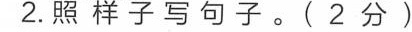
2. 照样子写句子。(2分)